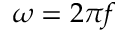
\omega = 2 \pi f